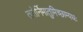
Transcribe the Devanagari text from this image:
तरोर्निमातुमिच्छाम्यधः